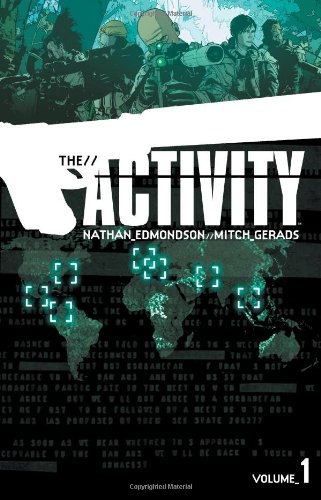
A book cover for The Activity Volume 1 TP (Activity Tp); Nathan Edmondson; Comics & Graphic Novels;